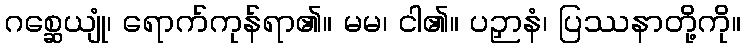
ဂစ္ဆေယျုံ၊ ရောက်ကုန်ရာ၏။ မမ၊ ငါ၏။ ပဉှာနံ၊ ပြဿနာတို့ကို။